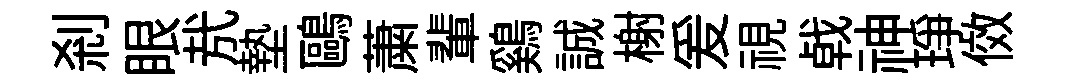
剎眼㢤墊鷗䔥輩鷄誠榭爰視㦸神琤傚